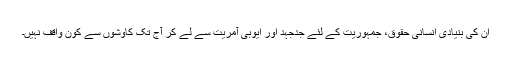
ان کی بنیادی انسانی حقوق، جمہوریت کے لئے جدجہد اور ایوبی آمریت سے لے کر آج تک کاوشوں سے کون واقف نہیں۔